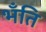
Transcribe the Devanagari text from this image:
भँति